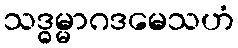
သဒ္ဓမ္မာဂဒမေသဟံ